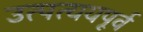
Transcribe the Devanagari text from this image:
उत्पत्ययपूर्व